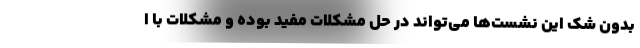
بدون شک این نشست‌ها می‌تواند در حل مشکلات مفید بوده و مشکلات با ا